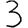
Digit: 3